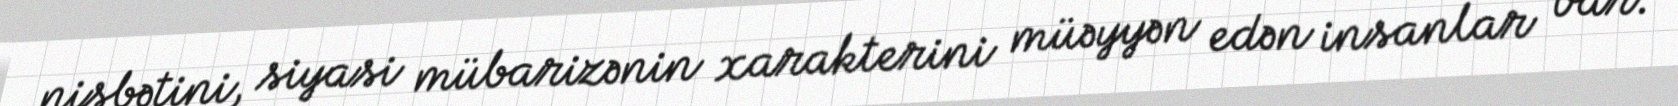
nisbətini, siyasi mübarizənin xarakterini müəyyən edən insanlar var.